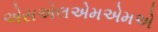
એસએલએમએમએ